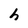
Character: h